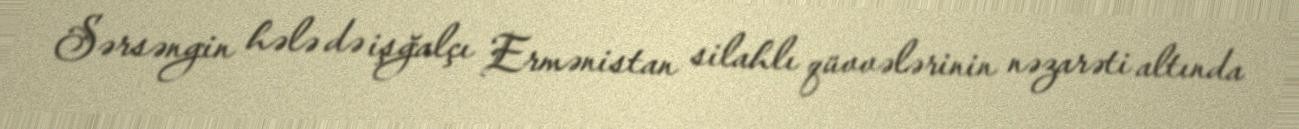
Sərsəngin hələ də işğalçı Ermənistan silahlı qüvvələrinin nəzarəti altında